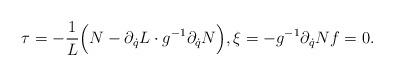
LaTeX: \begin{align*} \tau=-\frac{1}{L}\Bigl(N- \partial_{\dot q}L\cdot g^{-1}\partial_{\dot q}N\Bigr), \xi= -g^{-1}\partial_{\dot q}N f=0.\end{align*}